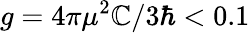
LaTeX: g=4\pi\mu^{2}\mathbb{C}/3\hbar<0.1